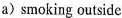
a) smoking outside